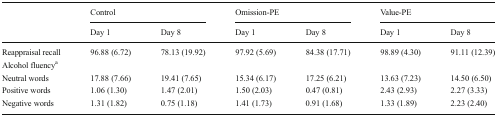
<table><thead><tr><td rowspan="2"></td><td colspan="2"><b>Control</b></td><td colspan="2"><b>Omission-PE</b></td><td colspan="2"><b>Value-PE</b></td></tr><tr><td><b>Day 1</b></td><td><b>Day 8</b></td><td><b>Day 1</b></td><td><b>Day 8</b></td><td><b>Day 1</b></td><td><b>Day 8</b></td></tr></thead><tbody><tr><td>Reappraisal recall</td><td>96.88 (6.72)</td><td>78.13 (19.92)</td><td>97.92 (5.69)</td><td>84.38 (17.71)</td><td>98.89 (4.30)</td><td>91.11 (12.39)</td></tr><tr><td colspan="7">Alcohol fluency<sup>a</sup></td></tr><tr><td>Neutral words</td><td>17.88 (7.66)</td><td>19.41 (7.65)</td><td>15.34 (6.17)</td><td>17.25 (6.21)</td><td>13.63 (7.23)</td><td>14.50 (6.50)</td></tr><tr><td>Positive words</td><td>1.06 (1.30)</td><td>1.47 (2.01)</td><td>1.50 (2.03)</td><td>0.47 (0.81)</td><td>2.43 (2.93)</td><td>2.27 (3.33)</td></tr><tr><td>Negative words</td><td>1.31 (1.82)</td><td>0.75 (1.18)</td><td>1.41 (1.73)</td><td>0.91 (1.68)</td><td>1.33 (1.89)</td><td>2.23 (2.40)</td></tr></tbody></table>